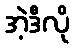
အဲ့ဒီလို